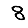
Digit: 8